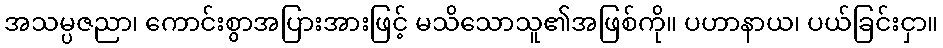
အသမ္ပဇညာ၊ ကောင်းစွာအပြားအားဖြင့် မသိသောသူ၏အဖြစ်ကို။ ပဟာနာယ၊ ပယ်ခြင်းငှာ။